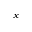
_ { x }